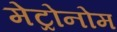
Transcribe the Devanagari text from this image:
मेट्रोनोम